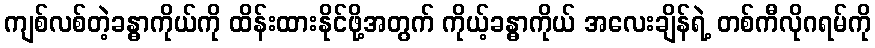
ကျစ်လစ်တဲ့ခန္ဓာကိုယ်ကို ထိန်းထားနိုင်ဖို့အတွက် ကိုယ့်ခန္ဓာကိုယ် အလေးချိန်ရဲ့ တစ်ကီလိုဂရမ်ကို